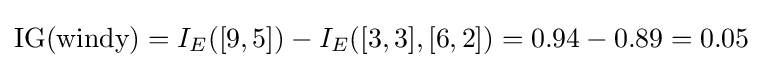
\operatorname {IG} ({\text{windy}})=I_{E}([9,5])-I_{E}([3,3],[6,2])=0.94-0.89=0.05